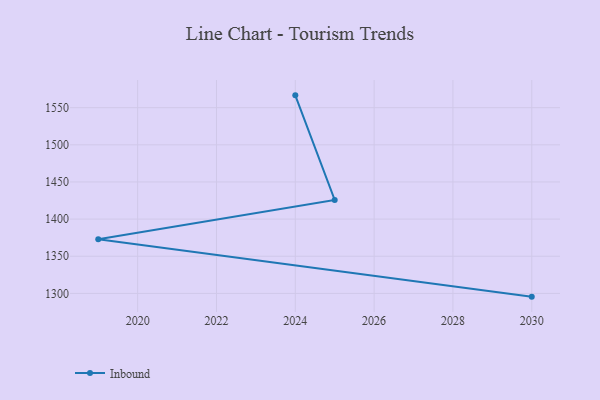
{"axis": {"x": "Year", "y": "Operating Costs (USD K)"}, "legend": ["Inbound"], "data": [{"x": "2024", "y": 1566.6, "type": "Inbound"}, {"x": "2025", "y": 1425.8, "type": "Inbound"}, {"x": "2019", "y": 1372.8, "type": "Inbound"}, {"x": "2030", "y": 1295.6, "type": "Inbound"}]}